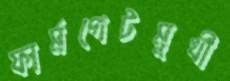
ফার্মগেটমুখী